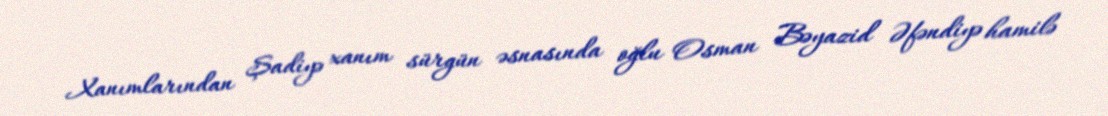
Xanımlarından Şadiyə xanım sürgün əsnasında oğlu Osman Bəyazid Əfəndiyə hamilə